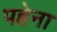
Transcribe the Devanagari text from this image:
पहेना